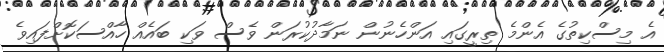
އެ މިސްކިތުގެ އެންމެ ތިރީގައި އަންހެނުން ނަމާދުކުރަން ވެސް ވަކި ބައެއް ހާއްސަކޮށްފައިވެ